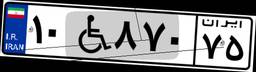
۱۰W۸۷۰۷۵